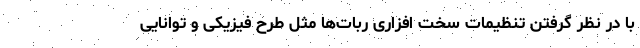
با در نظر گرفتن تنظیمات سخت افزاری ربات‌ها مثل طرح فیزیکی و توانایی